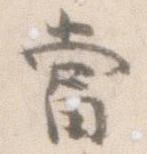
当